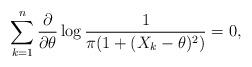
LaTeX: \begin{align*}\sum\limits_{k=1}^{n}\frac{\partial}{\partial \theta}\log\frac{1}{\pi(1+(X_k-\theta)^2)}=0 ,\end{align*}